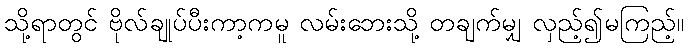
သို့ရာတွင် ဗိုလ်ချုပ်ပီးကာ့ကမူ လမ်းဘေးသို့ တချက်မျှ လှည့်၍မကြည့်။